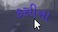
કસીના